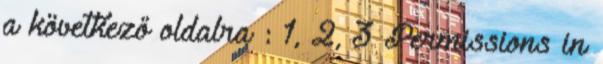
a következő oldalra : 1, 2, 3 Permissions in